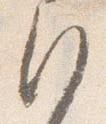
行